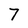
Character: 7